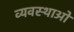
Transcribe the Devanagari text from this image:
व्यवस्थाआें